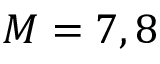
M = 7 , 8